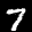
Label: 7